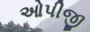
ઓપીજી